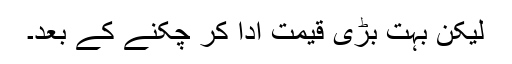
لیکن بہت بڑی قیمت ادا کر چکنے کے بعد۔